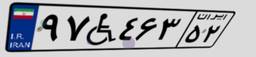
۹۷W۴۶۳۵۲